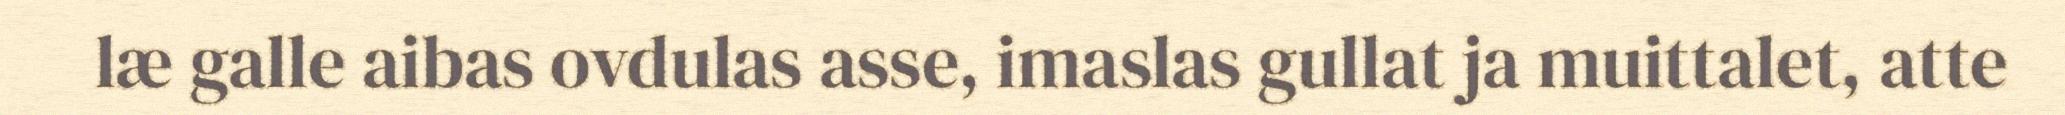
læ galle aibas ovdulas asse, imaslas gullat ja muittalet, atte